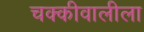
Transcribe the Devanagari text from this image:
चक्कीवालीला